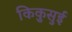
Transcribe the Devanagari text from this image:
किकुसुई